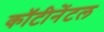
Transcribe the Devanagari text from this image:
कॉटीनेंटल